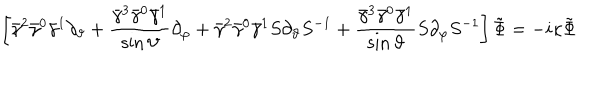
\left[ \bar { \gamma } ^ { 2 } \bar { \gamma } ^ { 0 } \bar { \gamma } ^ { 1 } \partial _ { \vartheta } + \frac { \bar { \gamma } ^ { 3 } \bar { \gamma } ^ { 0 } \bar { \gamma } ^ { 1 } } { \sin \vartheta } \partial _ { \varphi } + \bar { \gamma } ^ { 2 } \bar { \gamma } ^ { 0 } \bar { \gamma } ^ { 1 } S \partial _ { \vartheta } S ^ { - 1 } + \frac { \bar { \gamma } ^ { 3 } \bar { \gamma } ^ { 0 } \bar { \gamma } ^ { 1 } } { \sin \vartheta } S \partial _ { \varphi } S ^ { - 1 } \right] \tilde { \Phi } = - i \kappa \tilde { \Phi }